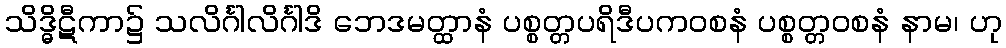
သိဒ္ဓိဋီကာ၌ သလိင်္ဂါလိင်္ဂါဒိ ဘေဒမတ္ထာနံ ပစ္စတ္တပရိဒီပကဝစနံ ပစ္စတ္တဝစနံ နာမ၊ ဟု